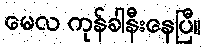
မေလ ကုန်ခါနီးနေပြီ။